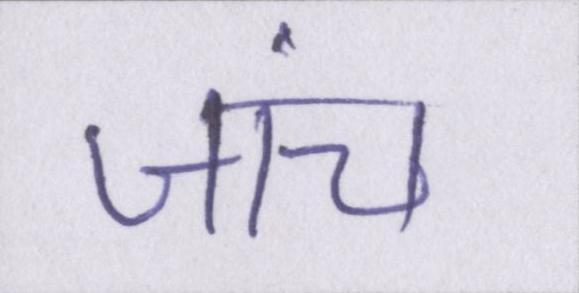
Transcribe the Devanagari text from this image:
जांच